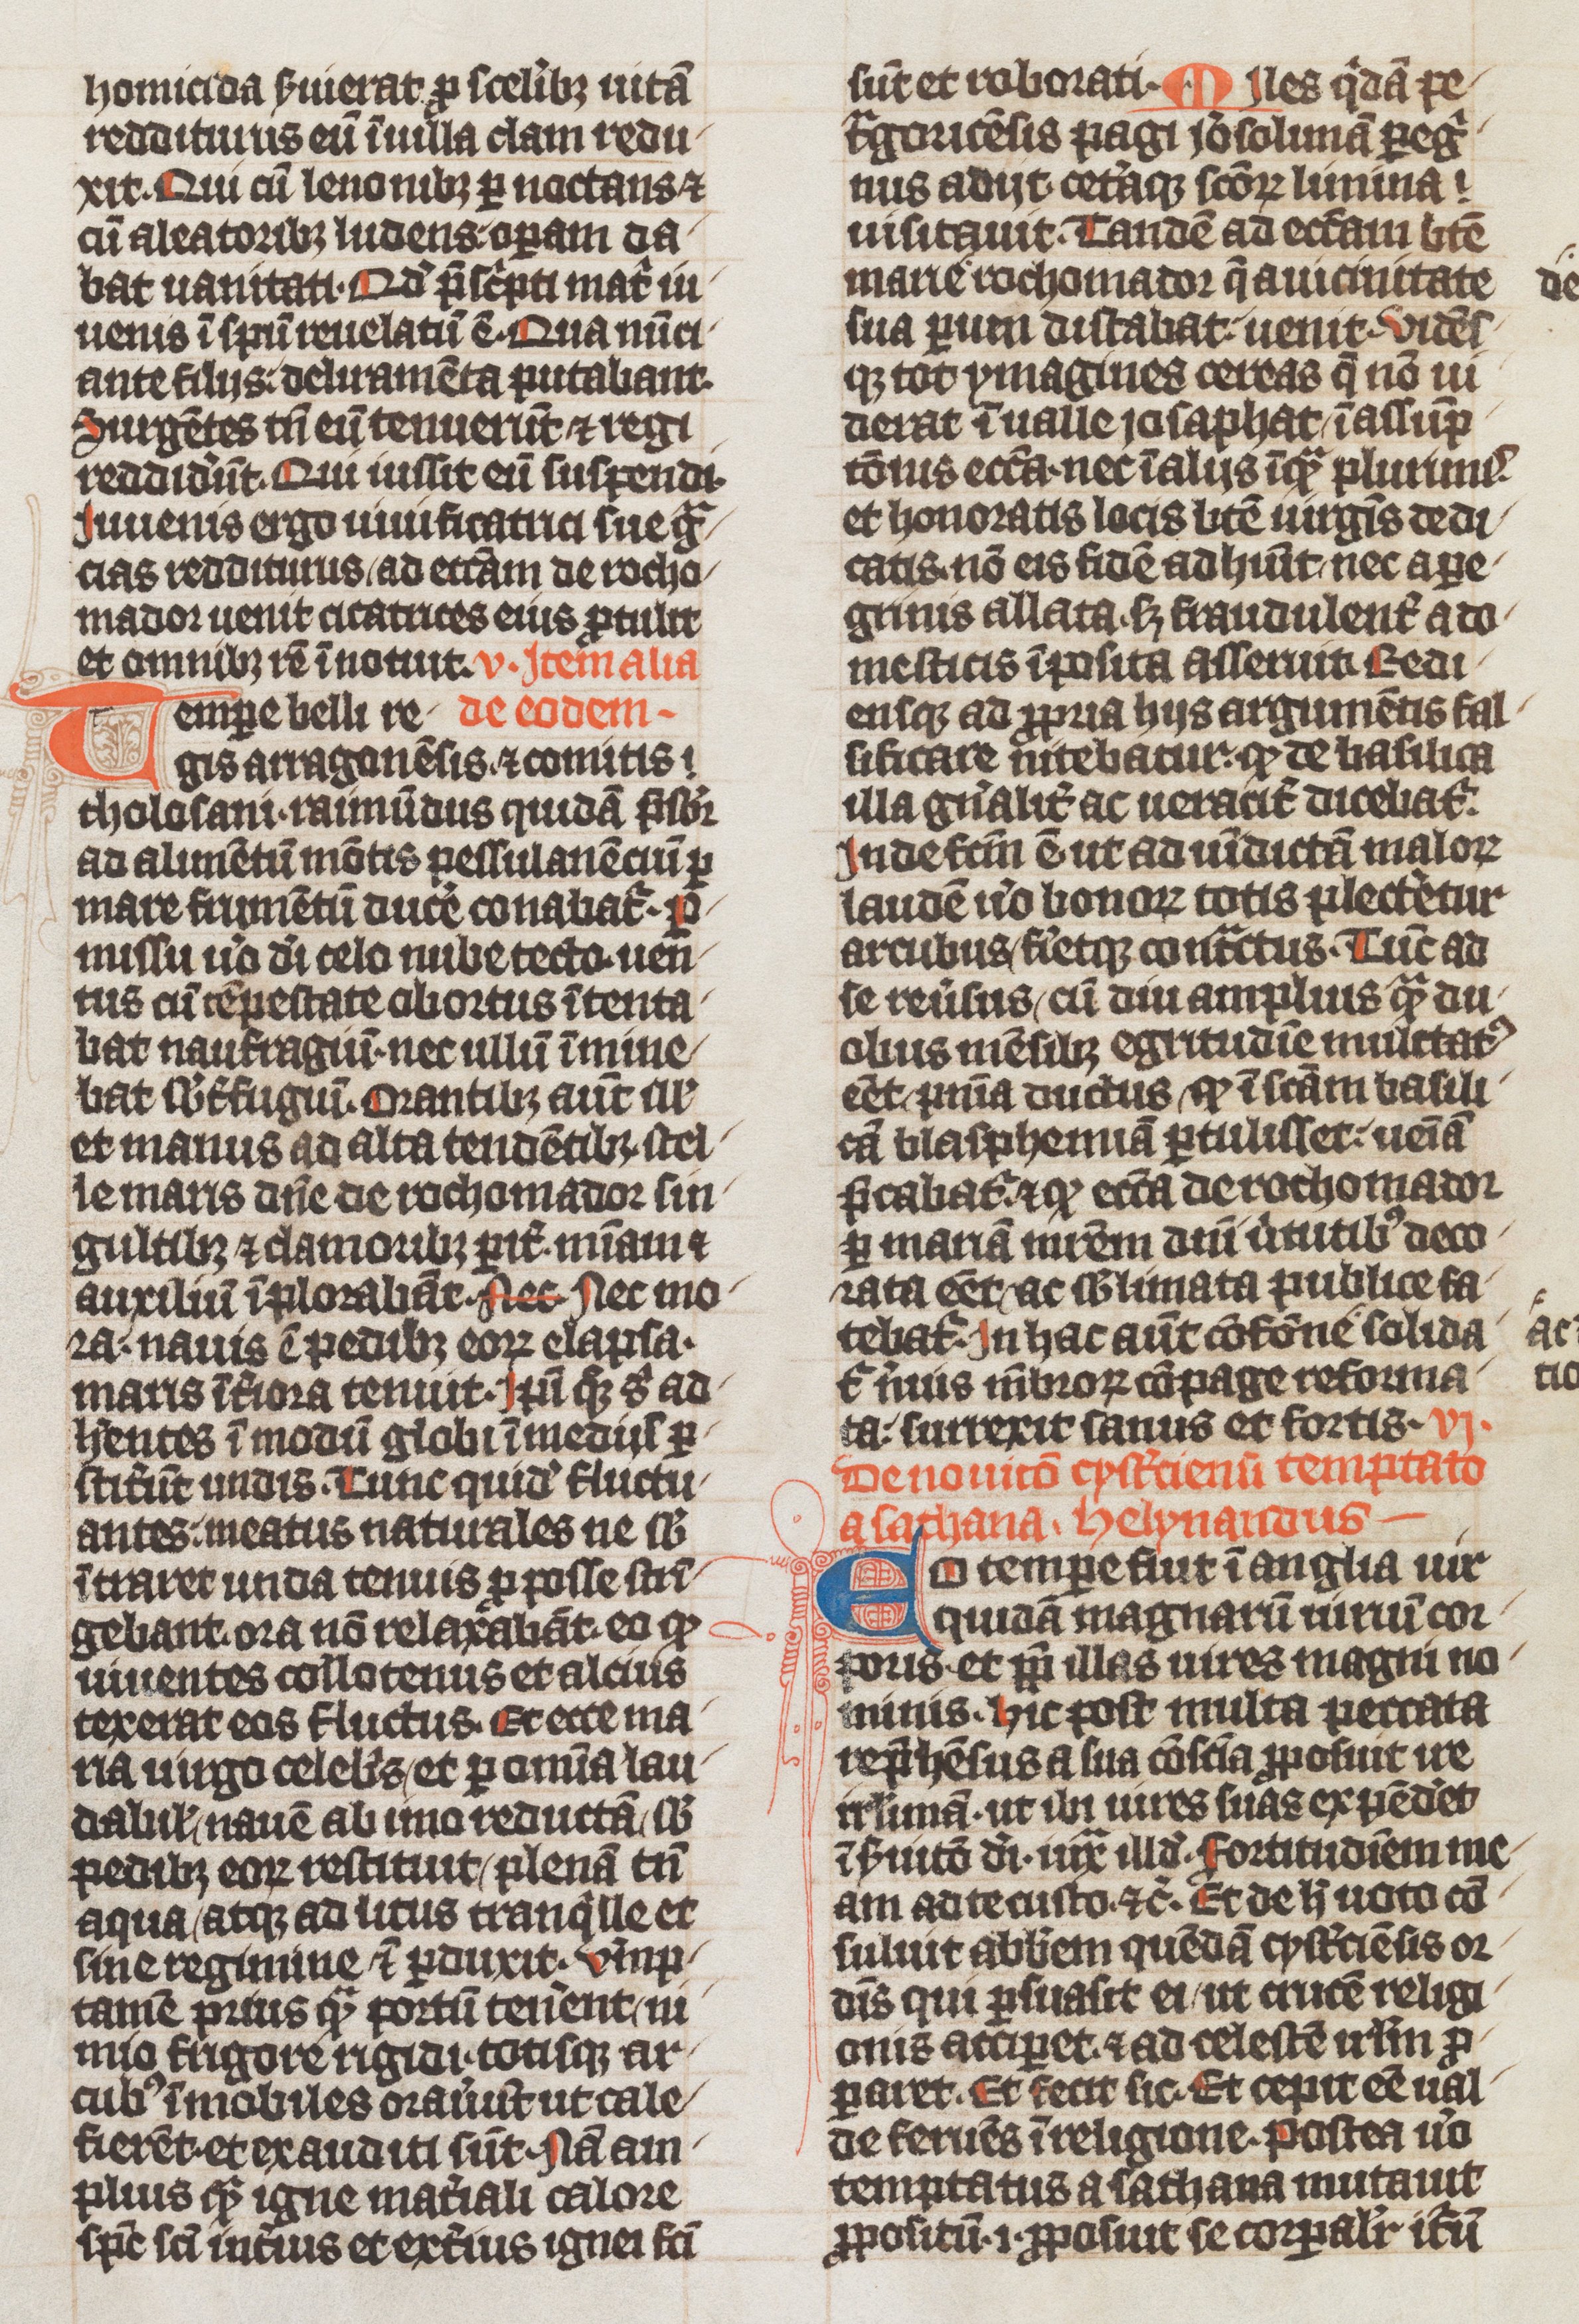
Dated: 1339–1340